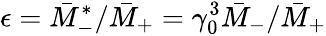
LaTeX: \epsilon=\bar{M}_{-}^{\ast}/\bar{M}_{+}=\gamma_{0}^{3}\bar{M}_{-}/\bar{M}_{+}